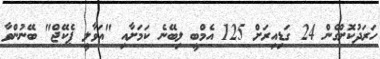
ހަރަދުކޮށްގެން 24 ގަޑިއިރަށް 125 އެމްބީ ލިބޭނެ ކަމަށާއި "އަވާލީ ޕެކޭޖް" ބޭނުންވާ